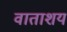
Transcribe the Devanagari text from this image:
वाताशय